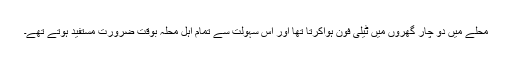
محلے میں دو چار گھروں میں ٹیلی فون ہواکرتا تھا اور اس سہولت سے تمام اہل محلہ بوقت ضرورت مستفید ہوتے تھے۔